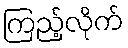
ကြည့်လိုက်